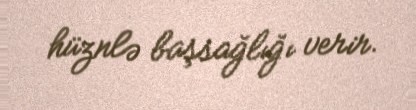
hüznlə başsağlığı verir.